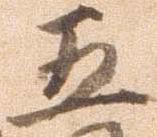
五